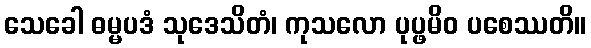
သေခေါ ဓမ္မပဒံ သုဒေသိတံ၊ ကုသလော ပုပ္ဖမိဝ ပစေဿတိ။